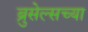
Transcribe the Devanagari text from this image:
ब्रुसेल्सच्या